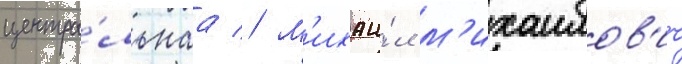
центра́льнаа // М'ихаи́л м'ихаилов'ич